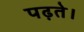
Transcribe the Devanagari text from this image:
पढ़ते।